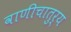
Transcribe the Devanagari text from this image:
वाणीचातुर्य